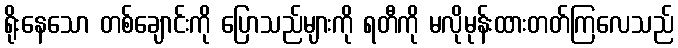
ရိုးနေသော တစ်ချောင်းကို ပြောသည်များကို ရတီကို မလိုမုန်းထားတတ်ကြလေသည်